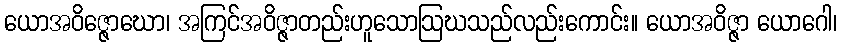
ယောအဝိဇ္ဇောဃော၊ အကြင်အဝိဇ္ဇာတည်းဟူသောဩဃသည်လည်းကောင်း။ ယောအဝိဇ္ဇာ ယောဂေါ၊